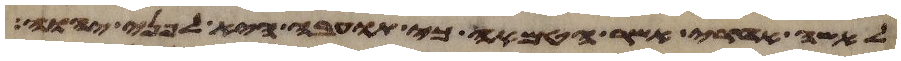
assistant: לאשה אחרי אשר הטמאה כי תועבה היא לפני יהוה